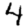
Digit: 4